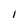
Character: I